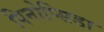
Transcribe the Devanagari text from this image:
पिनोप्सिडा